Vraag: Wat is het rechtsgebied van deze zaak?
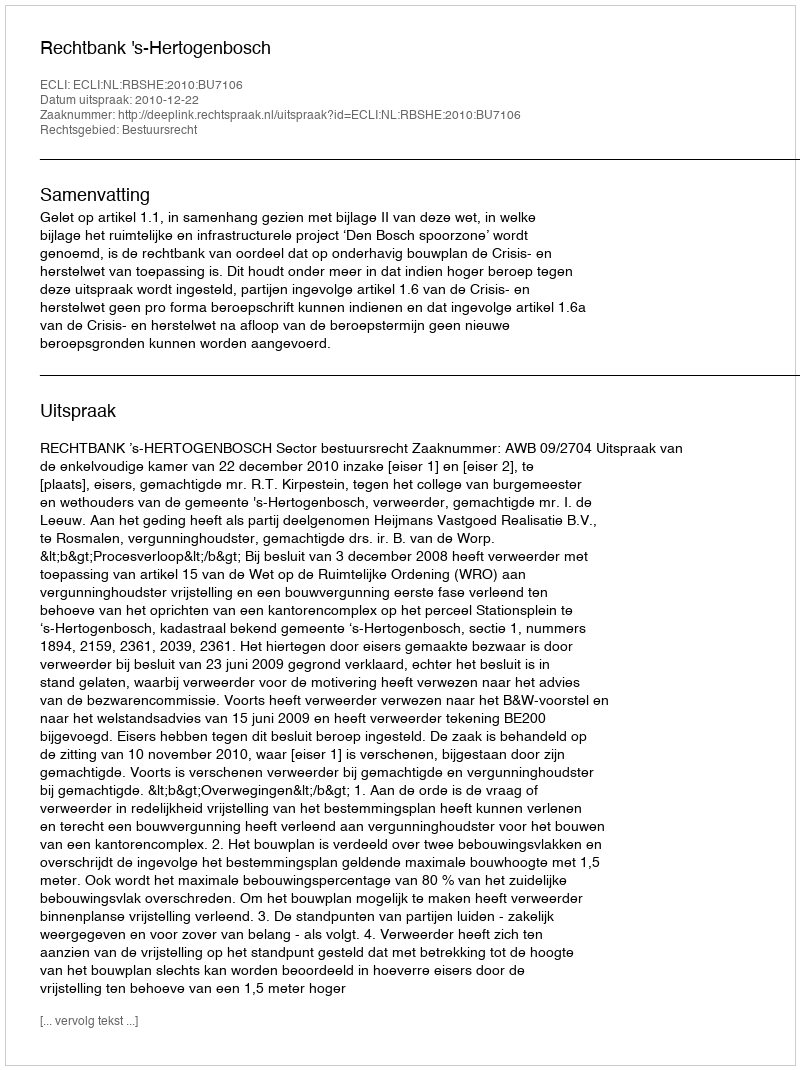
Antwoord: Bestuursrecht